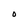
Character: O